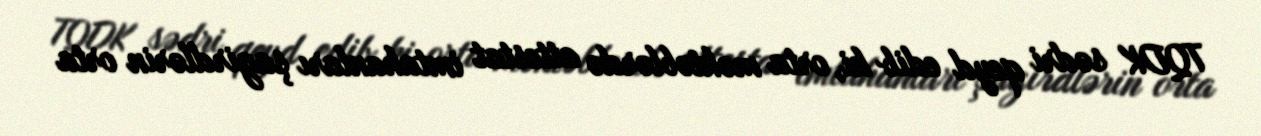
TQDK sədri qeyd edib ki, orta məktəblərdə attestat imtahanları şagirdlərin orta